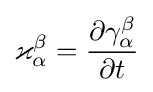
\varkappa _{\alpha }^{\beta }={\frac {\partial \gamma _{\alpha }^{\beta }}{\partial t}}